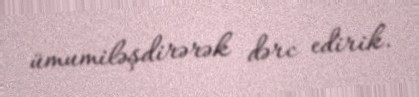
ümumiləşdirərək dərc edirik.